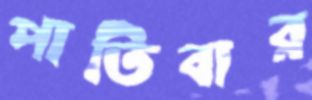
পাতিবার